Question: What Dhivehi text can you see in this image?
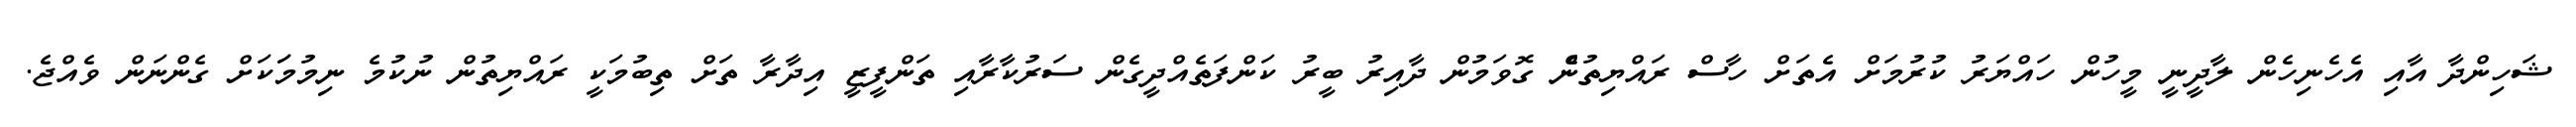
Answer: ޝަހިންދާ އާއި އެހެނިހެން ލާދީނީ މީހުން ހައްޔަރު ކުރުމަށް އެތަށް ހާސް ރައްޔިތުނެް ގޮވަމުން ދާއިރު ބީރު ކަންފަތެއްދީގެން ސަރުކާރާއި ތަންފީޒީ އިދާރާ ތަށް ތިބުމަކީ ރައްޔިތުން ނުކުމެ ނިމުމަަކަށް ގެންނަން ވެއްޖެ.